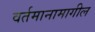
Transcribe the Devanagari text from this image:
वर्तमानामागील